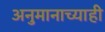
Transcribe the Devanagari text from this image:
अनुमानाच्याही